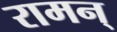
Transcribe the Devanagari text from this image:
रामन्‌